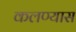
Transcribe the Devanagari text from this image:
कलण्यास